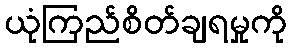
ယုံကြည်စိတ်ချရမှုကို